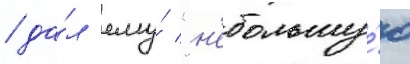
/ да́л ему́ "н'ебольшу́ю